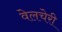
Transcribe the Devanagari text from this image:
वेलचेरी